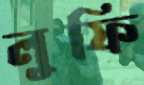
লুফি